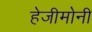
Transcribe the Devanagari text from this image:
हेजीमोनी